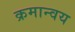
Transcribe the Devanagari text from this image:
क्रमान्वय